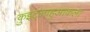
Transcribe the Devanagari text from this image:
कुइट्लाहुआकला